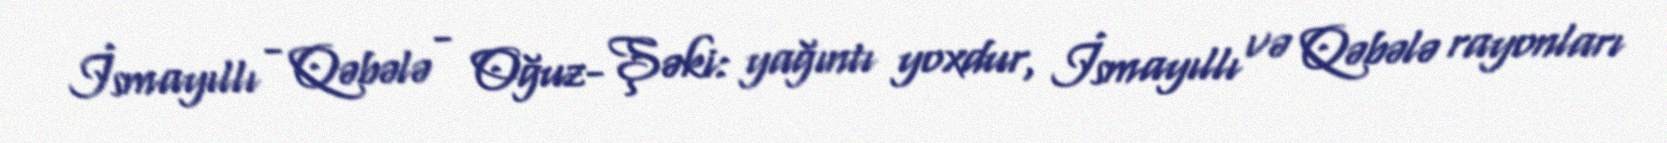
İsmayıllı - Qəbələ - Oğuz- Şəki: yağıntı yoxdur, İsmayıllı və Qəbələ rayonları